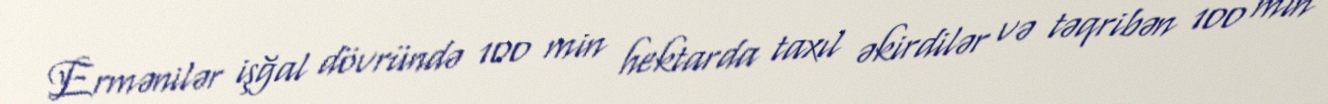
Ermənilər işğal dövründə 100 min hektarda taxıl əkirdilər və təqribən 100 min